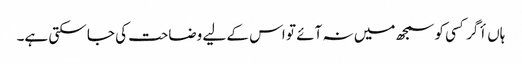
ہاں أگر کسی کو سمجھ میں نہ آئے تو اس کے لیے وضاحت کی جا سکتی ہے۔